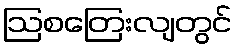
ဩစတြေးလျတွင်